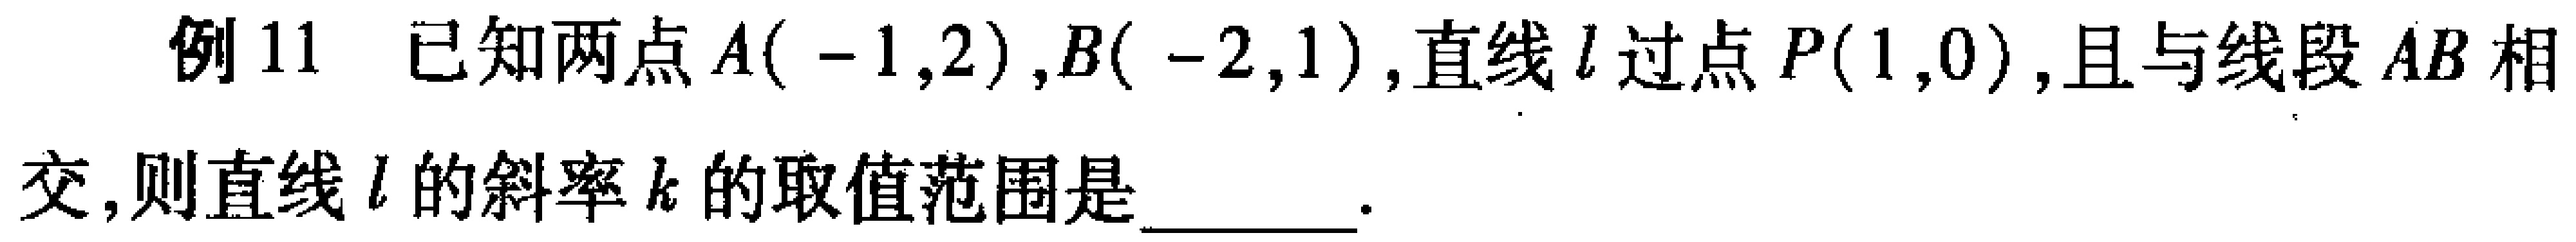
例11 已知两点\(A(-1,2)\),\(B(-2,1)\),直线\(l\)过点\(P(1,0)\),且与线段\(AB\)相交,则直线\(l\)的斜率\(k\)的取值范围是  .